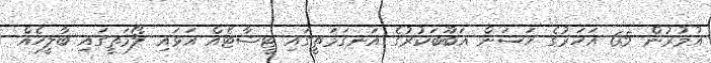
އުމުރުން 65 އަހަރުގެ ހަސަން އަބޫބަކުރުގެ އަނގަމަތީގައި ޓީޝާޓެއް އަޅައި ލޯމަތީގައި ބާލީހެއް